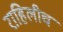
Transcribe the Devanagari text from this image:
राहिलीच